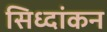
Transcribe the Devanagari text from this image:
सिध्दांकन